Civil Veterinary Department. Madras. Admin. report 1926-33 - 1926-1933
Year: 1926
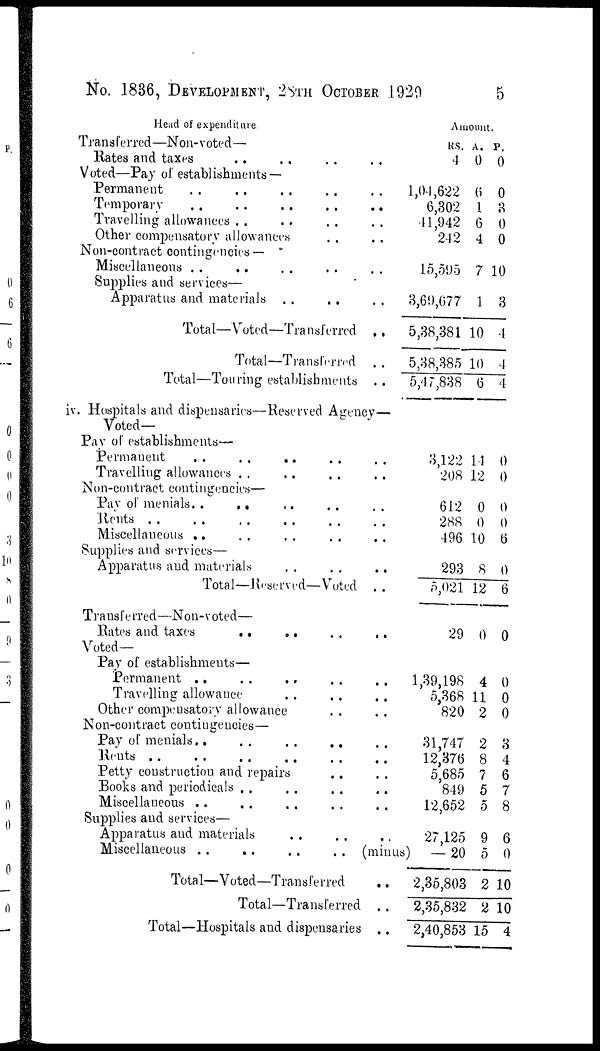
No. 1836, DEVELOPMENT,
28TH
OCTOBER
1929
5
Head of expenditure.
Transferred—Non-voted—
Bates and taxes .. .. .. ..
Voted—Pay of establishments—
Permanent .. .. .. .. ..
Temporary .. .. .. .. ..
Travelling allowances .. .. .. ..
Other compensatory allowances .. .. ..
Non-contract contingencies—
Miscellaneons .. .. .. .. ..
Supplies and services—
Apparatus and materials .. .. ..
Total—Voted—Transferred ..
Total—Transferred ..
Total—Touring establishments ..
Amount.
RS.
4
1,04,622
6,302
41,942
242
15,595
3,60,077
5,38,381
5,38,385
5,47,838
A.
0
6
4
6
4
7
1
10
10
6
P.
0
0
3
0
0
10
3
4
4
4
iv. Hospitals and dispensaries—Reserved Agency—
Voted—
Pay of establishments—
Permaueut .. .. .. .. ..
Travelling allowances .. .. .. ..
Non-contract contingencies—
Pay of menials .. .. .. .. ..
Rents .. .. .. .. ..
Miscellaneous .. .. .. ..
Supplies and services—
Apparatus and materials .. .. .. ..
Total—Reserved—Voted ..
3,122
208
612
288
496
293
5,021
14
12
0
0
10
8
12
0
0
0
0
6
0
6
Transferred—Non-voted—
Rates and taxes .. .. .. ..
Voted—
Pay of establishments—
Permanent .. .. .. .. ..
Travelling allowance
..
..
..
..
Other compensatory allowance .. ..
Non-contract contingencies—
Pay of menials .. .. .. .. ..
Rents .. .. .. .. .. ..
Petty construction and repairs .. ..
Supplies and services—
Apparatus and materials .. .. ..
Miscellaneous
..
..
..
..
(minus)
Total—Voted—Transferred ..
Total—Transferred ..
Total—Hospitals and dispensaries ..
29
1,39,198
5,368
820
31,747
12,376
5,685
849
12,652
27,125
—20
2,35,803
2,35,832
2,40,853
0
4
11
2
2
8
7
5
5
9
5
2
2
15
0
0
0
0
8
4
6
7
8
6
0
10
10
4